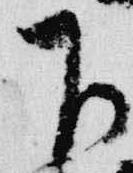
下